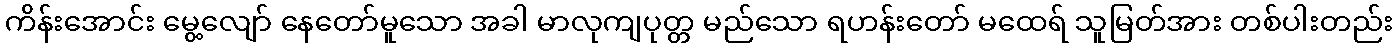
ကိန်းအောင်း မွေ့လျော် နေတော်မူသော အခါ မာလုကျပုတ္တ မည်သော ရဟန်းတော် မထေရ် သူမြတ်အား တစ်ပါးတည်း